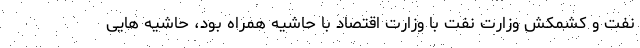
نفت و کشمکش وزارت نفت با وزارت اقتصاد با حاشیه همراه بود، حاشیه هایی